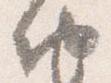
納